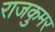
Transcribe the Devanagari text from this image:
राजकुमर